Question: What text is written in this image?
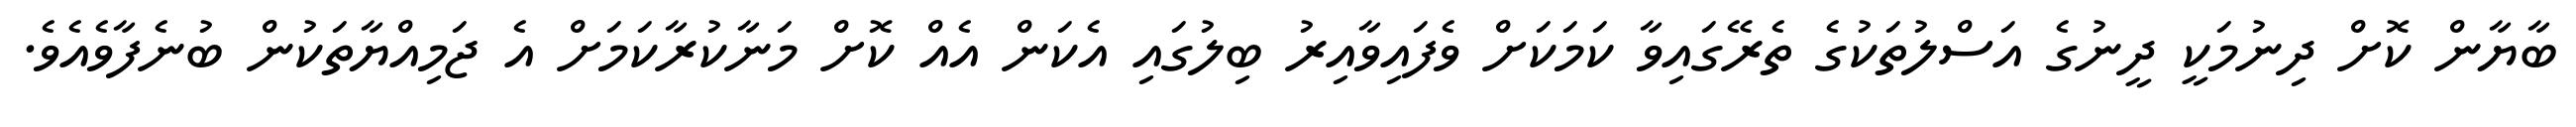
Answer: ބާޔާން ކޮށް ދިނުމަކީ ދީނުގެ އަސްލުތަކުގެ ތެރޭގައިވާ ކަމަކަށް ވެފައިވާއިރު ބިލުގައި އެކަން އެއް ކޮށް މަނާކުރާކަމަށް އެ ޖަމިއްޔާތަކުން ބުނެފާވެއެވެ.